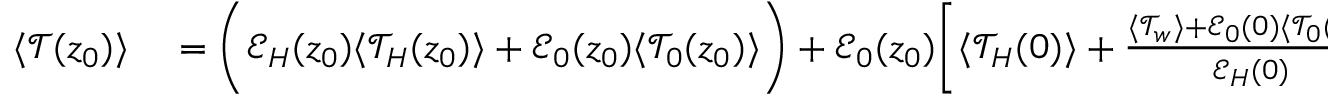
\begin{array} { r l } { \langle \mathcal { T } ( z _ { 0 } ) \rangle } & { { } = \biggl ( \mathcal { E } _ { H } ( z _ { 0 } ) \langle \mathcal { T } _ { H } ( z _ { 0 } ) \rangle + \mathcal { E } _ { 0 } ( z _ { 0 } ) \langle \mathcal { T } _ { 0 } ( z _ { 0 } ) \rangle \biggr ) + \mathcal { E } _ { 0 } ( z _ { 0 } ) \biggl [ \langle \mathcal { T } _ { H } ( 0 ) \rangle + \frac { \langle \mathcal { T } _ { w } \rangle + \mathcal { E } _ { 0 } ( 0 ) \langle \mathcal { T } _ { 0 } ( 0 ) \rangle } { \mathcal { E } _ { H } ( 0 ) } \biggr ] . } \end{array}